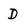
Character: D